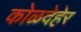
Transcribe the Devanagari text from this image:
कोळदेहेर